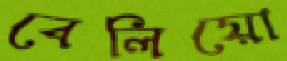
বেলিয়ো